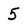
Character: 5